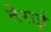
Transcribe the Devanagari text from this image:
तेराई